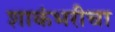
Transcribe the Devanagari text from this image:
शाकंभरीचा